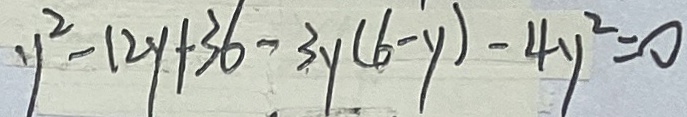
y ^ { 2 } - 1 2 y + 3 6 - 3 y ( 6 - y ) - 4 y ^ { 2 } = 0